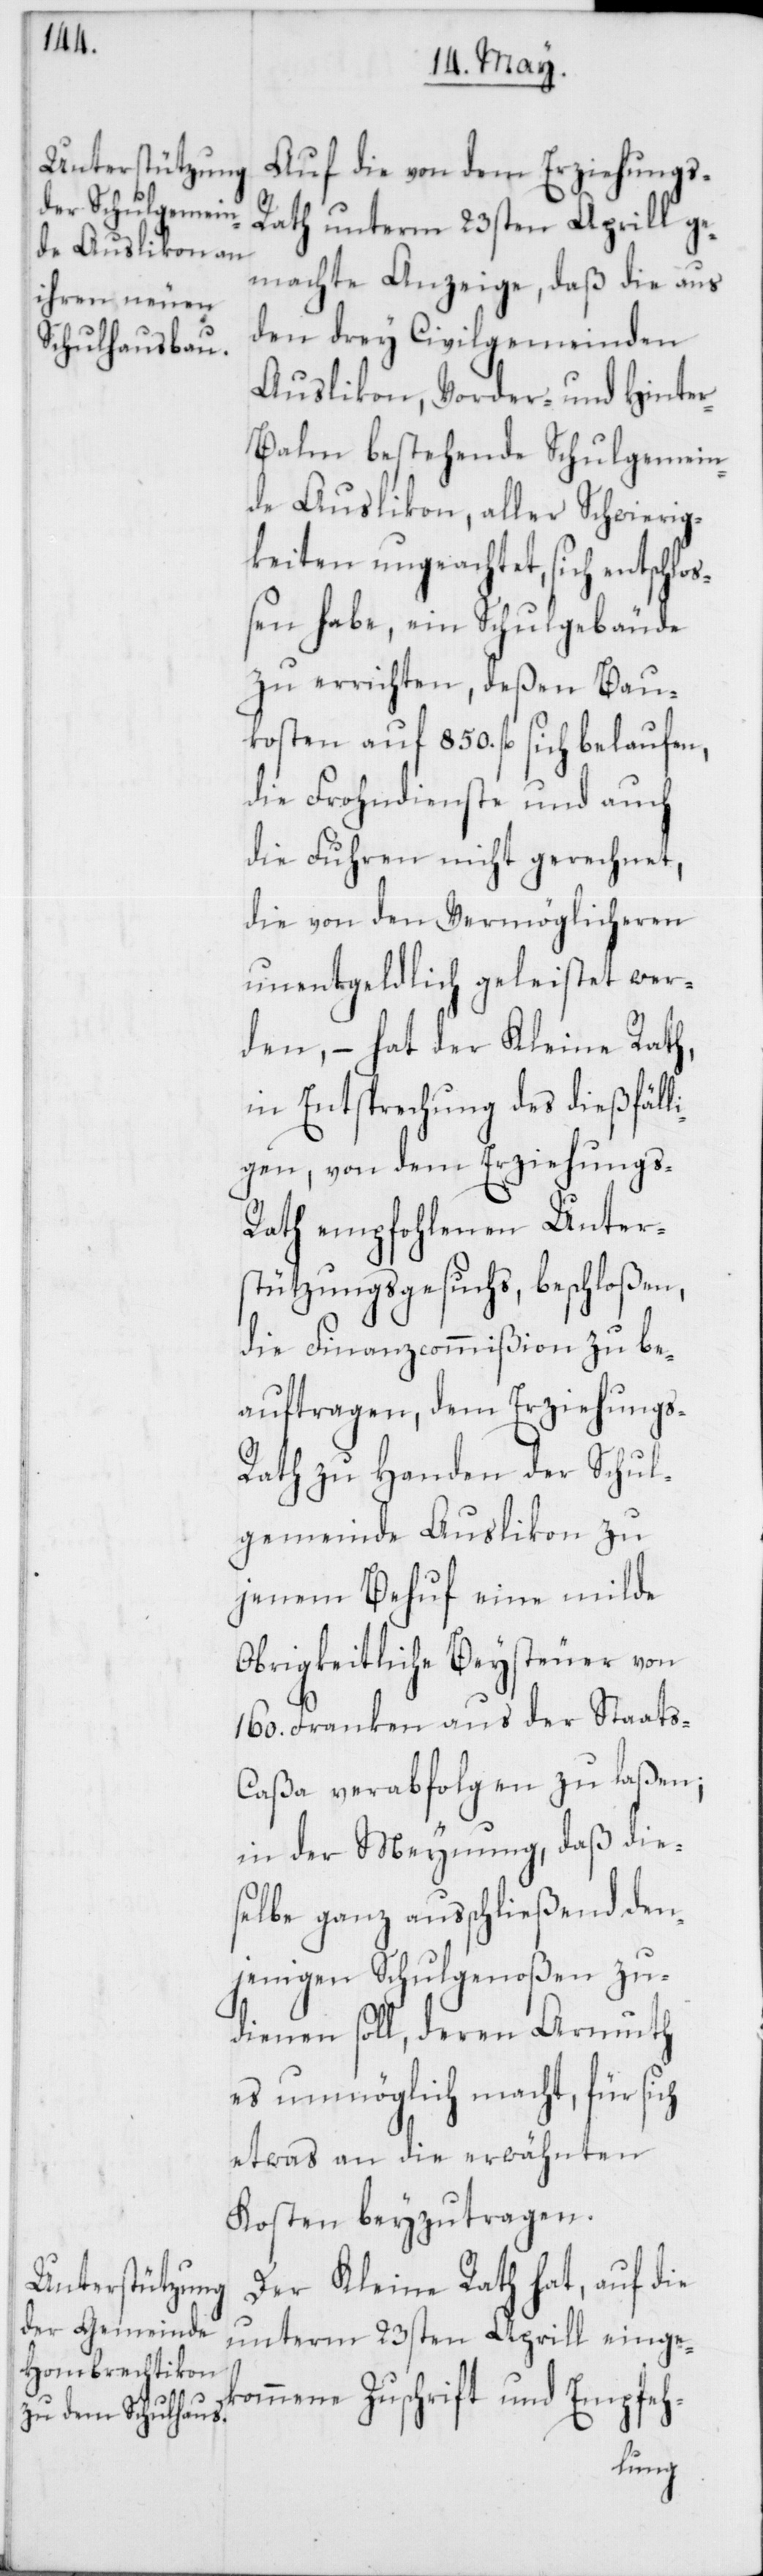
Auf die von dem Erziehungs-R¬
ath unterm 23sten Aprill ge¬
machte Anzeige, daß die aus
den drey Civilgemeinden
Auslikon, Vorder- und Hinte¬
r-Balm bestehende Schulgemein¬
de Auslikon, aller Schwierig¬
keiten ungeachtet, sich entschlo¬
ßen habe, ein Schulgebäude
zu errichten, deßen Bau¬
kosten auf 850. fl. sich belaufen,
die Frohndienste und auch
die Fuhren nicht gerechnet,
die von den Vermöglicheren
unentgeldlich geleistet wer¬
den, – hat der Kleine Rath,
in Entsprechung des dießfäll¬
igen, von dem Erziehungs-R¬
ath empfohlenen Unter¬
stützungsgesuchs, beschloßen,
die Finanzcommißion zu be¬
auftragen, dem Erziehungs-R¬
ath zu Handen der Schul¬
gemeinde Auslikon zu
jenem Behuf eine milde
Obrigkeitliche Beysteuer von
160. Franken aus der Staat¬
s-Caßa verabfolgen zu laßen;
in der Meynung, daß die¬
selbe ganz ausschließend den¬
jenigen Schulgenoßen zu¬
dienen soll, deren Armuth
es unmöglich macht, für sich
etwas an die erwähnten
Kosten beyzutragen.
Der Kleine Rath hat, auf die
unterm 23sten Aprill einge¬
kommene Zuschrift und Empfeh-